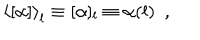
\left< [ \alpha ] \right> _ { l } \equiv [ \alpha ] _ { l } \equiv \alpha ( l ) ~ ~ ,